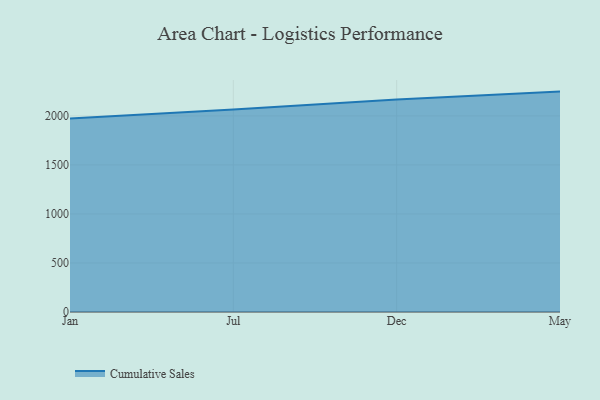
{"axis": {"x": "Month", "y": "Page Views"}, "legend": ["Cumulative Sales"], "data": [{"x": "Jan", "y": 1974.7, "type": "Cumulative Sales"}, {"x": "Jul", "y": 2064.3, "type": "Cumulative Sales"}, {"x": "Dec", "y": 2166.9, "type": "Cumulative Sales"}, {"x": "May", "y": 2248.1, "type": "Cumulative Sales"}]}